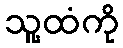
သူ့ထံကို